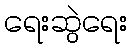
ရေးဆွဲရေး